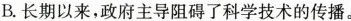
B.长期以来，政府主导阻碍了科学技术的传播。